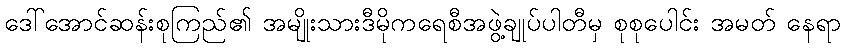
ဒေါ်အောင်ဆန်းစုကြည်၏ အမျိုးသားဒီမိုကရေစီအဖွဲ့ချုပ်ပါတီမှ စုစုပေါင်း အမတ် နေရာ